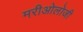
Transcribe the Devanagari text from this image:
मरीओलोजी